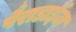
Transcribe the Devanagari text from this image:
पैराडाईज